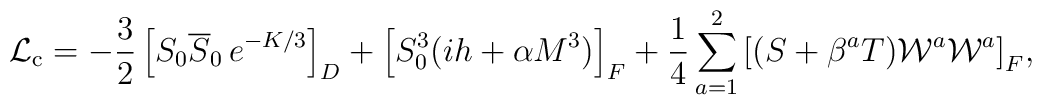
{\cal L}_{\rm c} = -{3\over 2}\left[S_0\overline S_0\,e^{-K/3}\right]_D+\left[S_0^3(ih +\alpha M^3)\right]_F+{1\over 4}\sum_{a=1}^{2}{\left[(S+\beta^aT){\cal W}^a{\cal W}^a\right]_F},